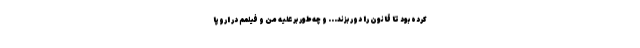
کرده بود تا قانون را دور بزند... و چه‌طور بر علیه من و فیلمم در اروپا